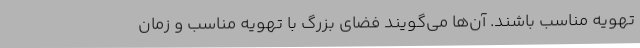
تهویه مناسب باشند. آن‌ها می‌گویند فضای بزرگ با تهویه مناسب و زمان